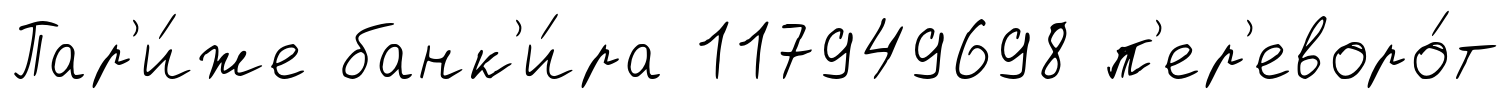
Пар'и́же банк'и́ра 117949698 п'ер'еворо́т